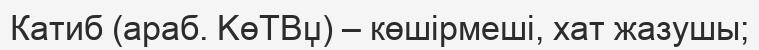
Катиб (араб. KөTBџ) – көшірмеші, хат жазушы;